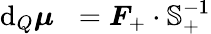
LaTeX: \mathrm{d}_{Q}\boldsymbol{\mu}^{\mathrm{~\, ~}}=\boldsymbol{F}_{+}\cdot\mathbb{S}_{+}^{-1}